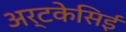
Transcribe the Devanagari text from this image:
अर्टकेसिई